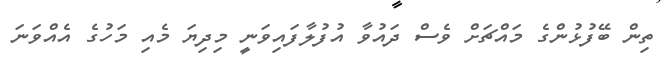
ތިން ބޭފުޅުންގެ މައްޗަށް ވެސް ދައުވާ އުފުލާފައިވަނީ މިދިޔަ މެއި މަހުގެ އެއްވަނަ